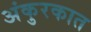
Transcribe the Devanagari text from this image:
अंकुरकात